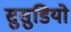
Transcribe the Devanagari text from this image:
सुसुडियो